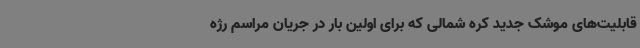
قابلیت‌های موشک جدید کره شمالی که برای اولین بار در جریان مراسم رژه